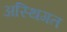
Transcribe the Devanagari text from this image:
अस्थिगत